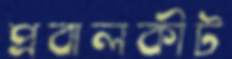
প্রবালকীট